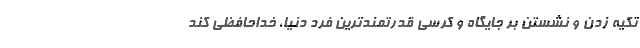
تکیه زدن و نشستن بر جایگاه و کرسی قدرتمندترین فرد دنیا، خداحافظی کند